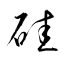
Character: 硅